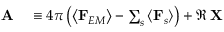
\begin{array} { r l } { \mathbf { A } } & { { } \equiv 4 \pi \left( \left\langle \mathbf { F } _ { E M } \right\rangle - \sum _ { s } \left\langle \mathbf { F } _ { s } \right\rangle \right) + \Re \, \mathbf { X } } \end{array}